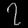
Digit: ၇